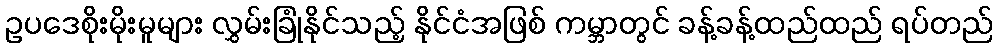
ဥပဒေစိုးမိုးမူများ လွှမ်းခြုံနိုင်သည့် နိုင်ငံအဖြစ် ကမ္ဘာတွင် ခန့်ခန့်ထည်ထည် ရပ်တည်